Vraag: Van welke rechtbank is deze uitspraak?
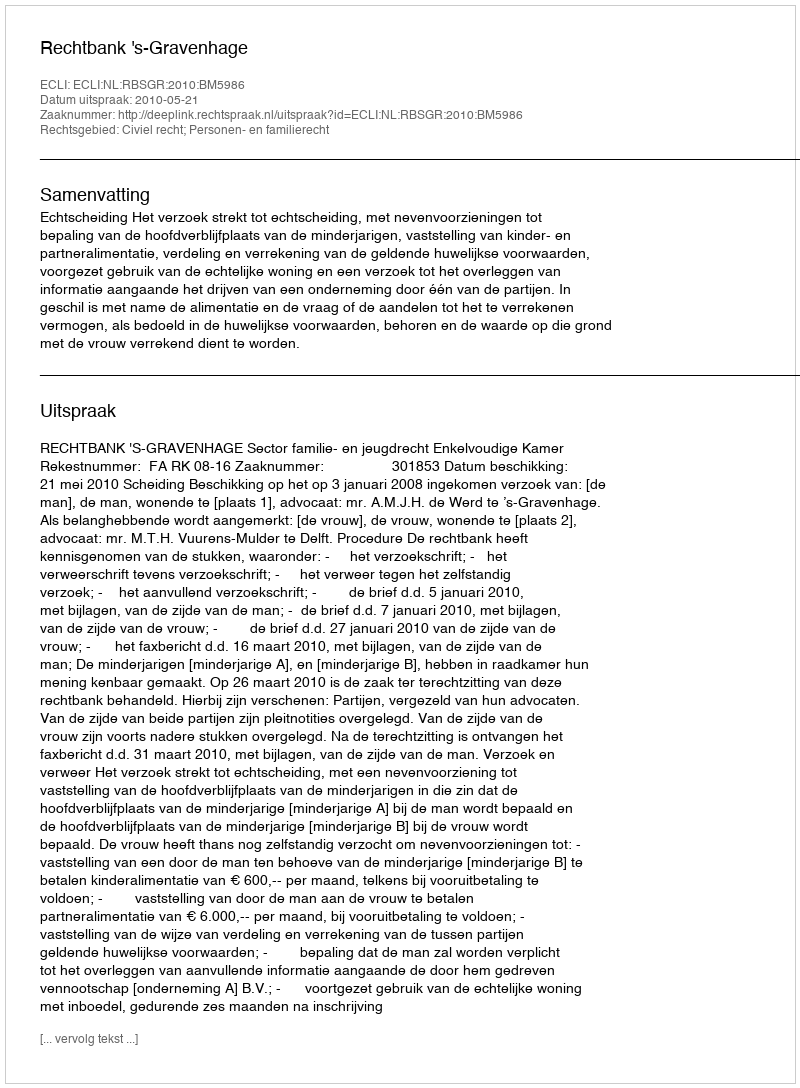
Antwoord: Rechtbank 's-Gravenhage